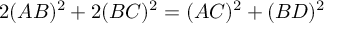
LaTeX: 2 ( A B ) ^ { 2 } + 2 ( B C ) ^ { 2 } = ( A C ) ^ { 2 } + ( B D ) ^ { 2 }